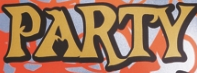
PARTY